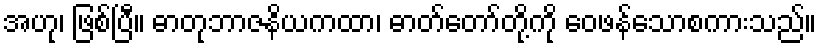
အဟု၊ ဖြစ်ပြီ။ ဓာတုဘာဇနိယကထာ၊ ဓာတ်တော်တို့ကို ဝေဖန်သောစကားသည်။